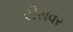
રીસવર